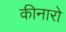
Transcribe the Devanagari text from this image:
कीनारो